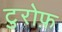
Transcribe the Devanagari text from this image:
टुरोफ़